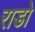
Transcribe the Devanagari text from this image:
राडो